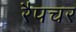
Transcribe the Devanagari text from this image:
रैपचर